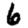
Digit: 6